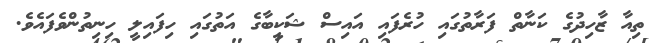
ތިއާ ޒާހިދުގެ ކަނާތް ފަރާތުގައި ހުރެފައި އައިސް ޝަކީބާގެ އަތުގައި ހިފައިލީ ހިނިތުންވެފައެވެ.